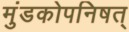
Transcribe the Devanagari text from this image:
मुंडकोपनिषत्